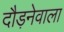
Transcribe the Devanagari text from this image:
दौड़नेवाला